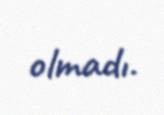
olmadı.